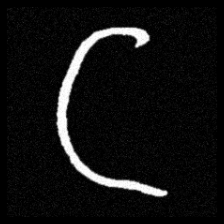
Pyu character \u2014 Myanmar letter: ဋ (romanized: tta)